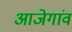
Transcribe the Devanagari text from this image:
आजेगांव